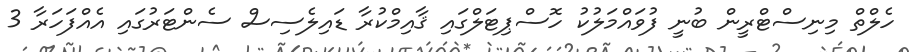
ހެލްތް މިނިސްޓްރީން ބުނީ ފުވައްމަލުކު ހޮސްޕިޓަލްގައި ޤާއިމްކުރާ ޑައިލެސިސް ސެންޓަރުގައި އެއްފަހަރާ 3